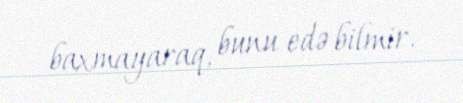
baxmayaraq, bunu edə bilmir.